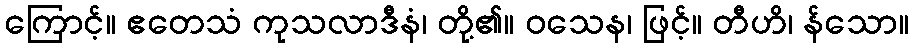
ကြောင့်။ ဧတေသံ ကုသလာဒီနံ၊ တို့၏။ ဝသေန၊ ဖြင့်။ တီဟိ၊ န်သော။